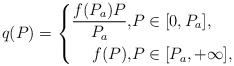
\begin{align*}q(P) = \left\{\begin{aligned}\frac{f(P_a)P}{P_a}, &P \in [0,P_a], \\f(P), & P \in [P_a, +\infty],\end{aligned}\right.\end{align*}